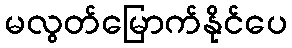
မလွတ်မြောက်နိုင်ပေ